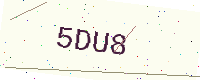
Text: 5DU8